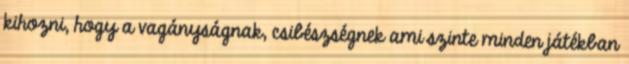
kihozni, hogy a vagányságnak, csibészségnek ami szinte minden játékban